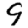
Digit: 9